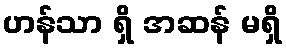
ဟန်သာ ရှိ အဆန် မရှိ